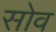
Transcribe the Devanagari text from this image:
सोव